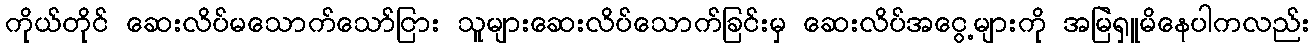
ကိုယ်တိုင် ဆေးလိပ်မသောက်သော်ငြား သူများဆေးလိပ်သောက်ခြင်းမှ ဆေးလိပ်အငွေ့များကို အမြဲရှူမိနေပါကလည်း